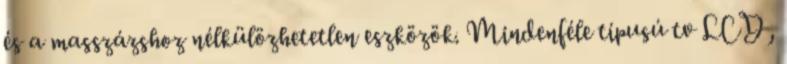
és a masszázshoz nélkülözhetetlen eszközök. Mindenféle típusú tv LCD,